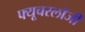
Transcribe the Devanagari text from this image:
फ्यूचरलॉजी